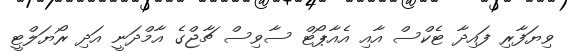
ވިޔަފާރި ފައިދާ ޓެކްސް އާއި އެއާޕޯޓް ސާވިސް ޗާޖްގެ އާމްދަނީ އަދި ރޯޔަލްޓީ